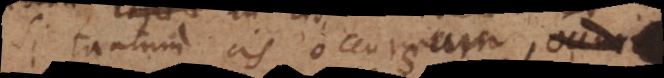
Si tantum cis occursum,